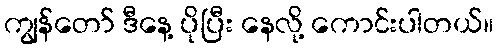
ကျွန်တော် ဒီနေ့ ပိုပြီး နေလို့ ကောင်းပါတယ်။